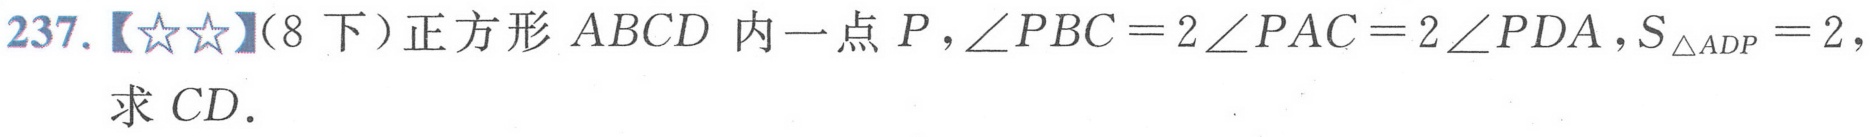
237.【★★】(8下）正方形\(ABCD\)内一点\(P\)，\(\angle PBC = 2\angle PAC=2\angle PDA\)，\(S_{\triangle ADP}=2\)，
求\(CD\).